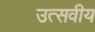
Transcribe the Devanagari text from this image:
उत्सवीय